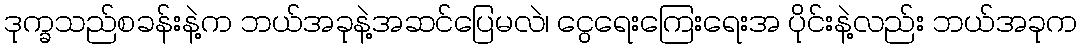
ဒုက္ခသည်စခန်းနဲ့က ဘယ်အခုနဲ့အဆင်ပြေမလဲ၊ ငွေရေးကြေးရေးအ ပိုင်းနဲ့လည်း ဘယ်အခုက